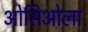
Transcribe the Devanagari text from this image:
ओसिओला